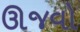
ઊજવો